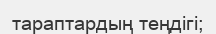
тараптардың теңдігі;